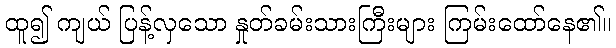
ထူ၍ ကျယ် ပြန့်လှသော နှုတ်ခမ်းသားကြီးများ ကြမ်းထော်နေ၏။